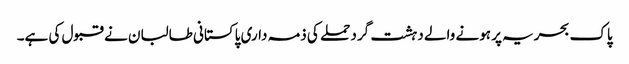
پاک بحریہ پر ہونے والے دہشت گرد حملے کی ذمہ داری پاکستانی طالبان نے قبول کی ہے۔